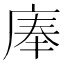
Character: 𰏹